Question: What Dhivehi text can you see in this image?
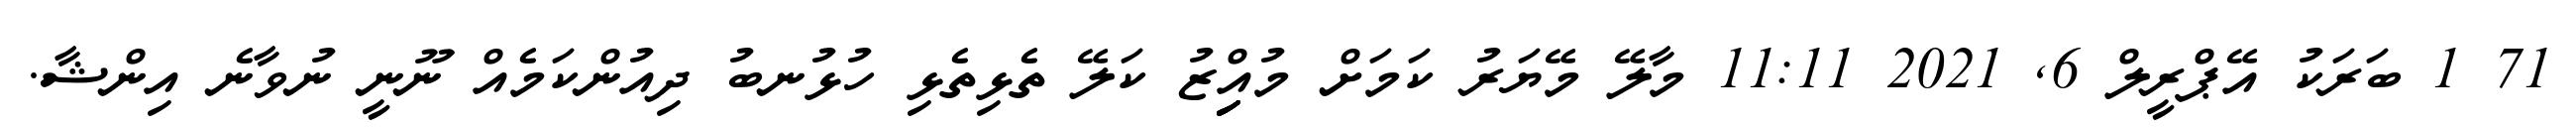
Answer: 71 1 ބަރަކު އޭޕްރީލް 6, 2021 11:11 މާލޭ މޭޔަރު ކަމަށް މުއިިިިިްޒު ކަލޭ ތެޅިތެޅި ހުޅުނބު ދިއުންކަމެއް ނޫނީ ނުވާނެ އިންޝާ.